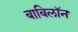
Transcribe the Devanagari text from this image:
बाबिलॉन